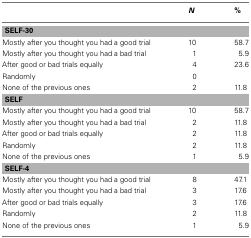
<table><thead><tr><td>[EMPTY_CELL]</td><td><b><i>N</i></b></td><td><b>%</b></td></tr></thead><tbody><tr><td colspan="3"><b>SELF-30</b></td></tr><tr><td>Mostly after you thought you had a good trial</td><td>10</td><td>58.7</td></tr><tr><td>Mostly after you thought you had a bad trial</td><td>1</td><td>5.9</td></tr><tr><td>After good or bad trials equally</td><td>4</td><td>23.6</td></tr><tr><td>Randomly</td><td>0</td><td>[EMPTY_CELL]</td></tr><tr><td>None of the previous ones</td><td>2</td><td>11.8</td></tr><tr><td colspan="3"><b>SELF</b></td></tr><tr><td>Mostly after you thought you had a good trial</td><td>10</td><td>58.7</td></tr><tr><td>Mostly after you thought you had a bad trial</td><td>2</td><td>11.8</td></tr><tr><td>After good or bad trials equally</td><td>2</td><td>11.8</td></tr><tr><td>Randomly</td><td>2</td><td>11.8</td></tr><tr><td>None of the previous ones</td><td>1</td><td>5.9</td></tr><tr><td colspan="3"><b>SELF-4</b></td></tr><tr><td>Mostly after you thought you had a good trial</td><td>8</td><td>47.1</td></tr><tr><td>Mostly after you thought you had a bad trial</td><td>3</td><td>17.6</td></tr><tr><td>After good or bad trials equally</td><td>3</td><td>17.6</td></tr><tr><td>Randomly</td><td>2</td><td>11.8</td></tr><tr><td>None of the previous ones</td><td>1</td><td>5.9</td></tr></tbody></table>